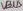
Text: VBUS